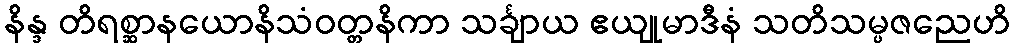
နိန္ဒ တိရစ္ဆာနယောနိသံဝတ္တနိကာ သင်္ချာယ ဧယျုမာဒီနံ သတိသမ္ပဇညေဟိ